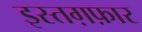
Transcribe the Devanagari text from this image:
इस्तग़फ़ार